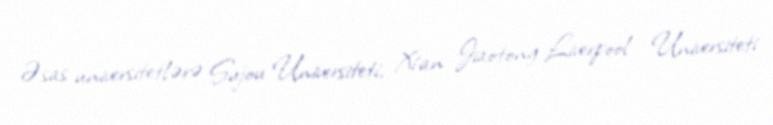
Əsas universitetlərə Sujou Universiteti, Xi'an Jiaotong-Liverpool Universiteti